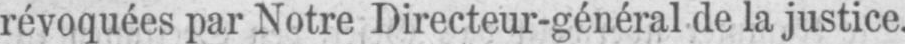
révoquées par Notre Directeur-général de la justice.